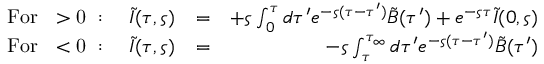
\begin{array} { r l r } { \mathrm { F o r ~ \varsigma > 0 ~ } : \quad \tilde { I } ( \tau , \varsigma ) } & { = } & { + \varsigma \int _ { 0 } ^ { \tau } d \tau ^ { \prime } e ^ { - \varsigma ( \tau - \tau ^ { \prime } ) } \tilde { B } ( \tau ^ { \prime } ) + e ^ { - \varsigma \tau } \tilde { I } ( 0 , \varsigma ) } \\ { \mathrm { F o r ~ \varsigma < 0 ~ } : \quad \tilde { I } ( \tau , \varsigma ) } & { = } & { - \varsigma \int _ { \tau } ^ { \tau _ { \infty } } d \tau ^ { \prime } e ^ { - \varsigma ( \tau - \tau ^ { \prime } ) } \tilde { B } ( \tau ^ { \prime } ) } \end{array}